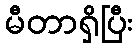
မီတာရှိပြီး